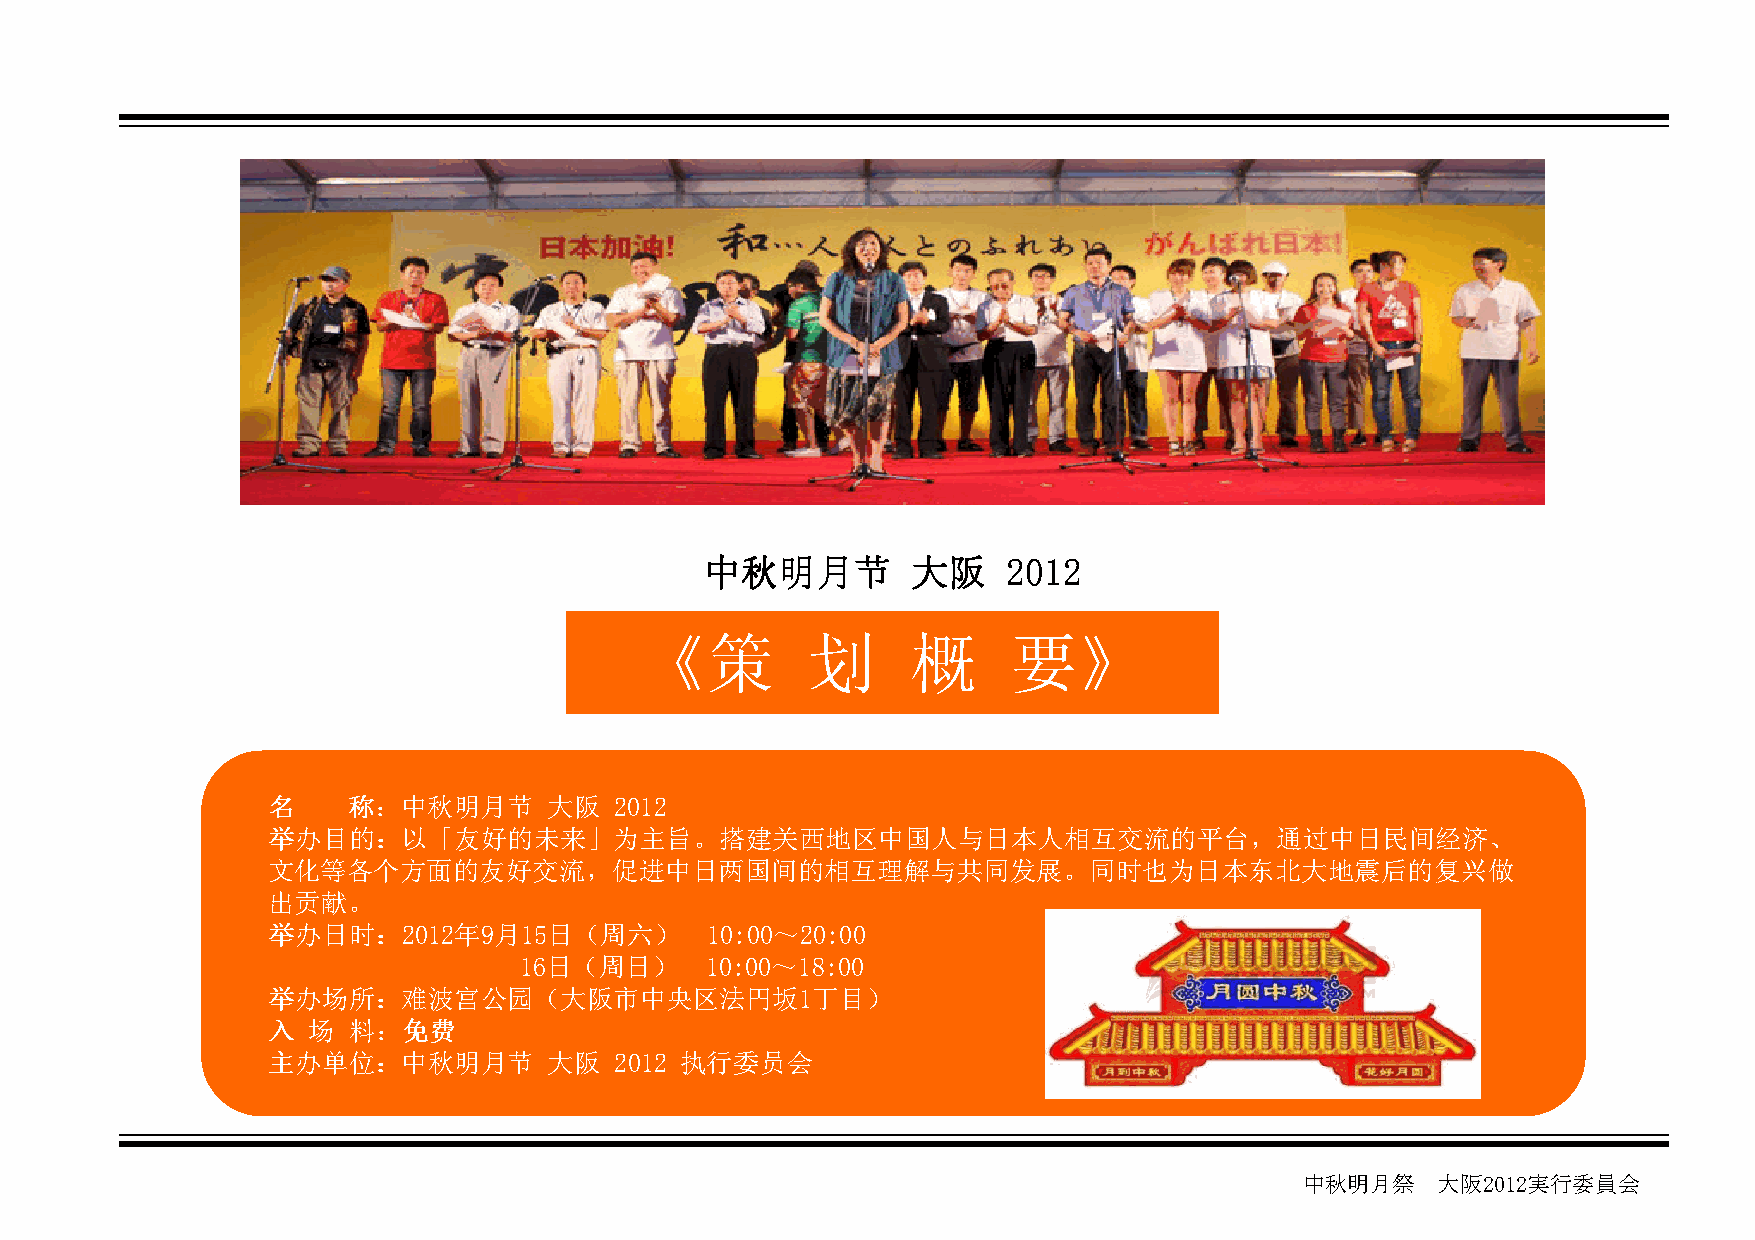
中中中中秋秋秋秋明明明明月月月月节节节节 大大大大阪阪阪阪 2222000011112222
 《策         划      概      要》
 名名名名 称称称称：：：：中秋明月节 大阪  2012
 举举举举办办办办目目目目的的的的：：：：以「友好的未来」为主旨。搭建关西地区中国人与日本人相互交流的平台，通过中日民间经济、
 文化等各个方面的友好交流，促进中日两国间的相互理解与共同发展。同时也为日本东北大地震后的复兴做
 出贡献。
 举举举举办办办办日日日日时时时时：：：：2012年9月15日（周六） 10:00～20:00
 16日（周日）      10:00～18:00
 举举举举办办办办场场场场所所所所：：：：难波宫公园（大阪市中央区法円坂1丁目）
 入入入入 场场场场 料料料料：：：：免免免免费费费费
 主主主主办办办办单单单单位位位位：：：：中秋明月节 大阪 2012 执行委员会
 中秋明月祭    大阪2012実行委員会